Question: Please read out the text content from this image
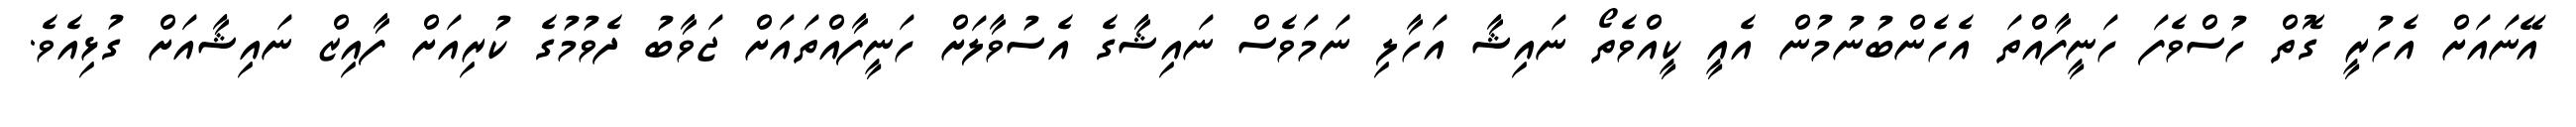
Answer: އޭނައަށް އެހުރީ ގޮތް ހުސްވެފަ ހަނީފާއްތަ އެހެންބުނުމުން އެއީ ކީއްވެތޯ ނައިޝާ އަހާލި ނަމަވެސް ނައިޝާގެ އެސުވާލަށް ހަނީފާއްތައަށް ޖަވާބު ދެވުމުގެ ކުރިއަށް ފާއިޒް ނައިޝާއަށް ގުޅިއެވެ.